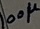
Text: 100µ